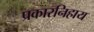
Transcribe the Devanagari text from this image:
प्रकारनिहाय